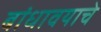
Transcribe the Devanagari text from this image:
बांधावयाचे